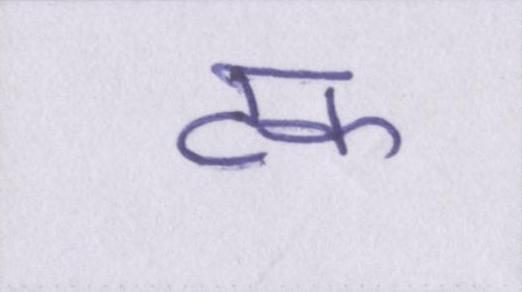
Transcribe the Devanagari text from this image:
टक